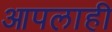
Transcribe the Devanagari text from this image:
आपलाही